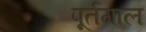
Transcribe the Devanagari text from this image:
पूर्तगाल